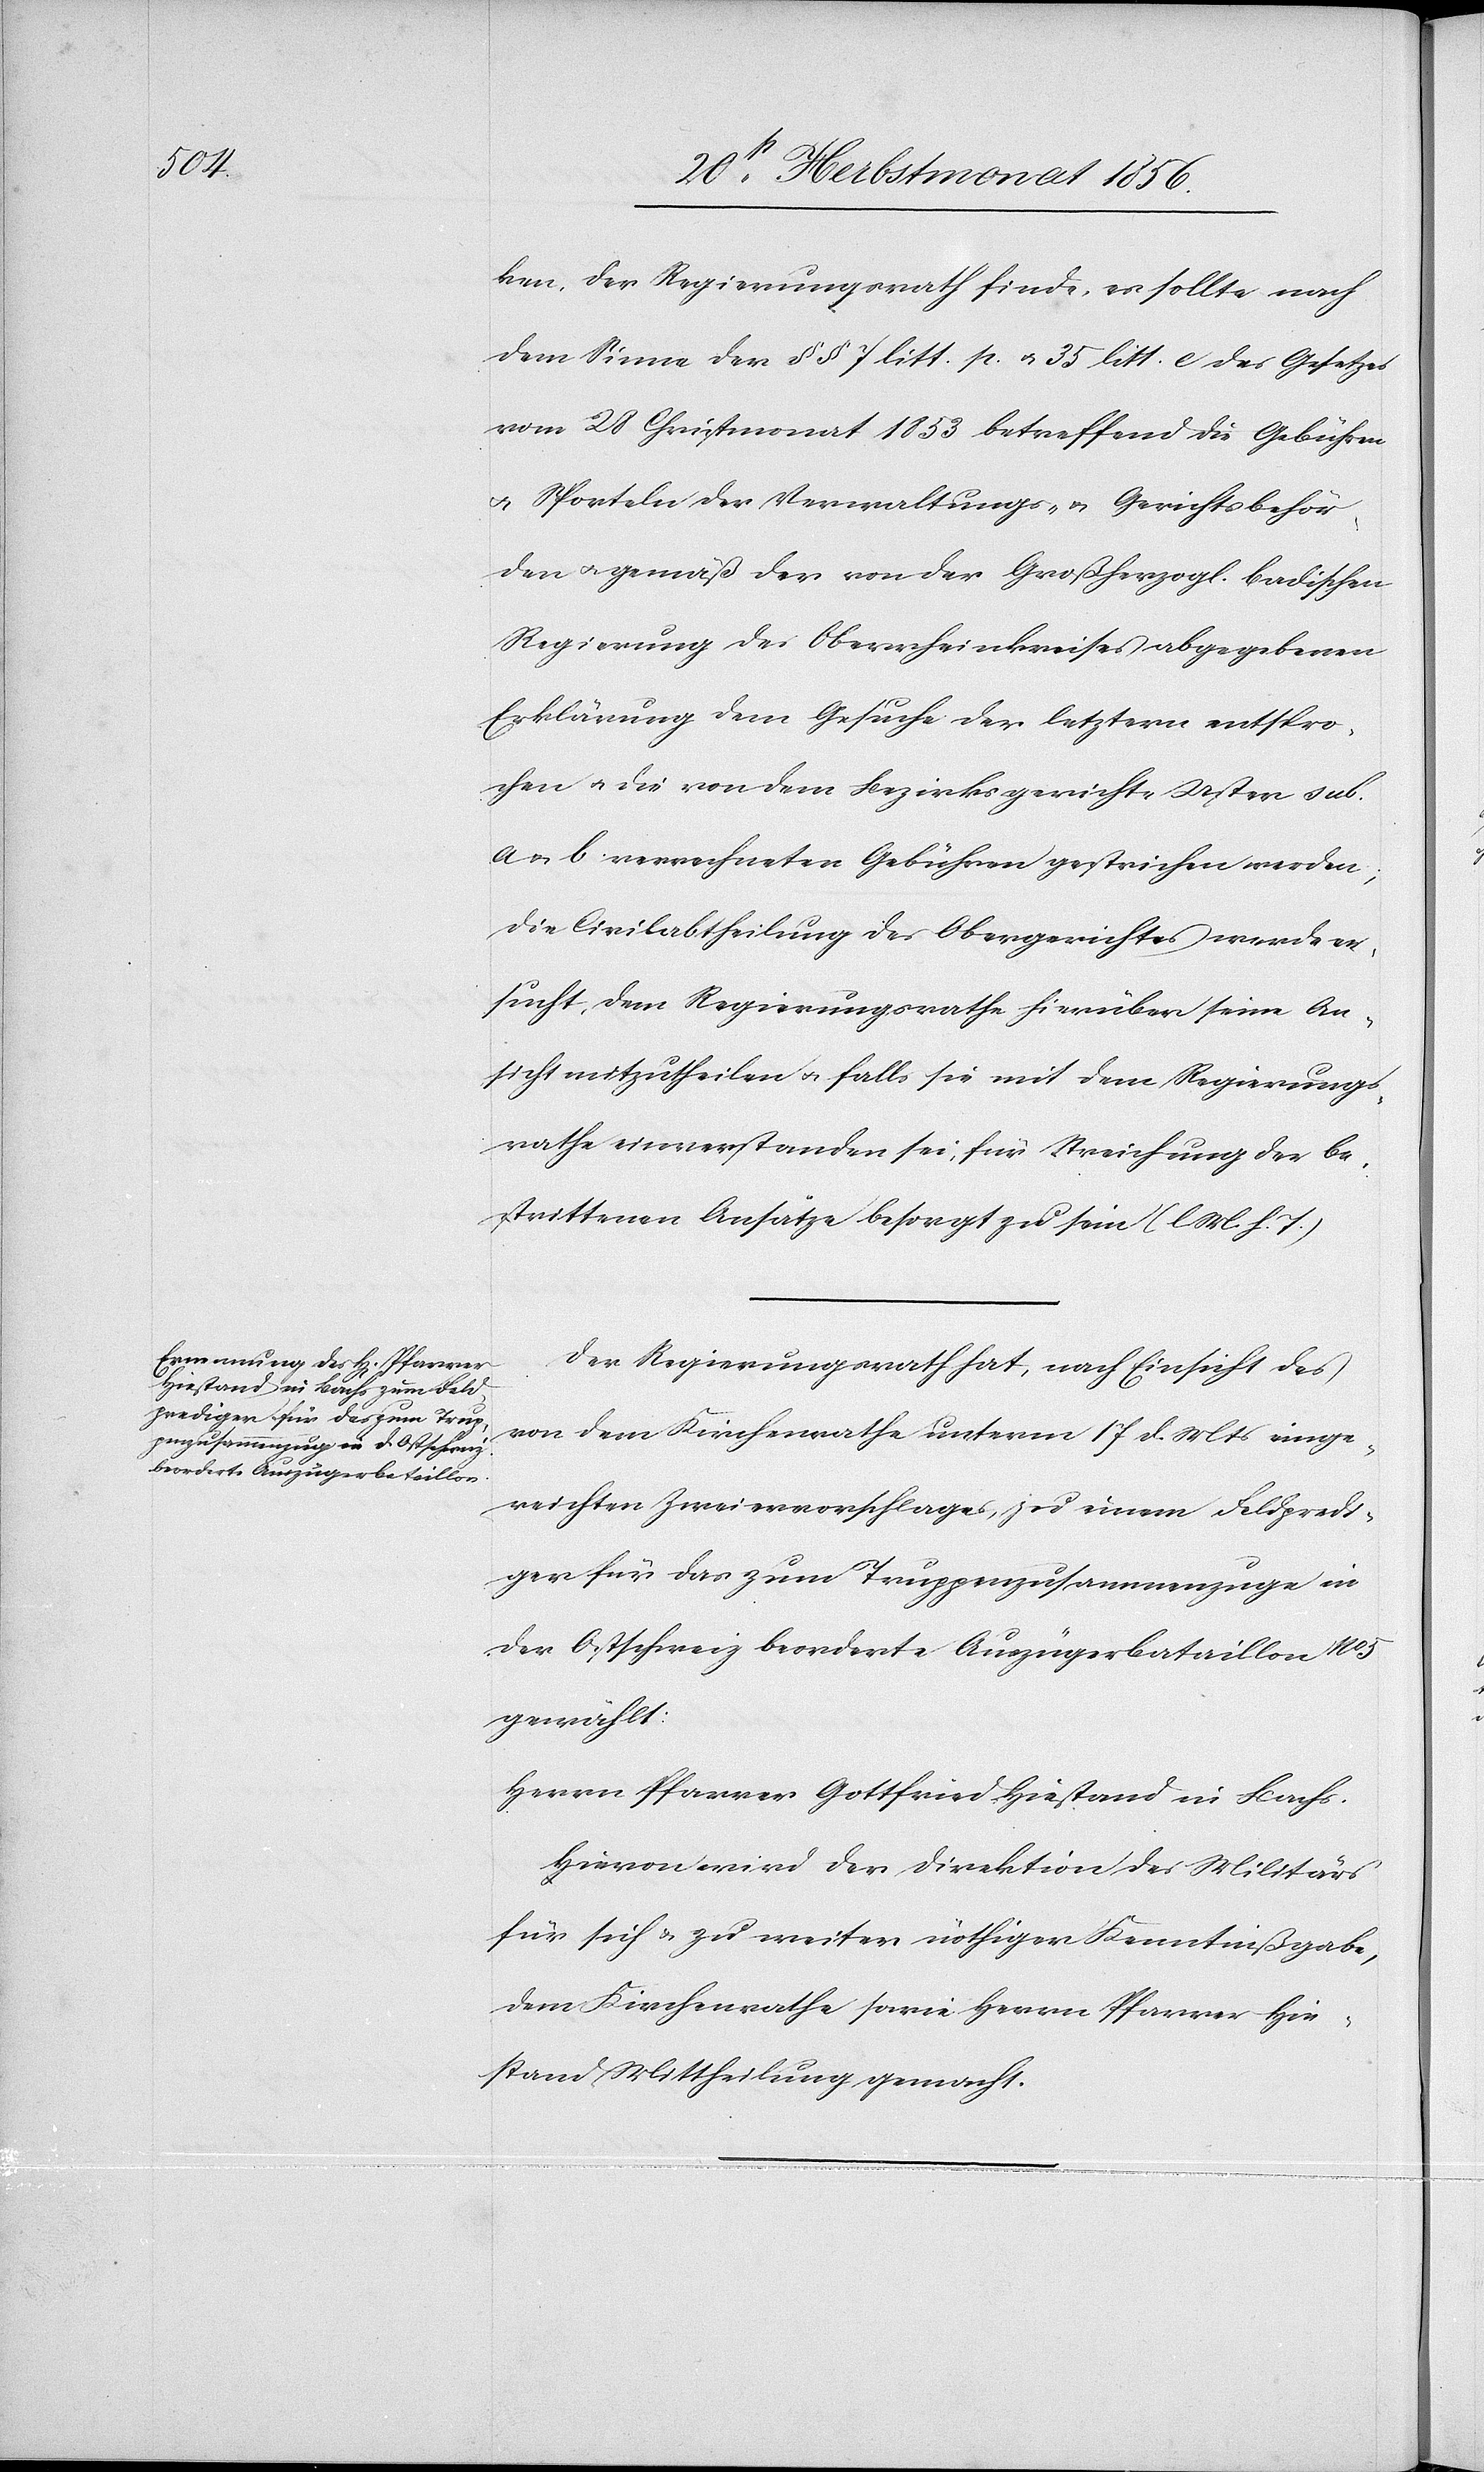
ken, der Regierungsrath finde, es sollte nach
dem Sinne der §§ 7 litt. p. u. 35 litt. e des Gesetzes
vom 28 Christmonat 1853 betreffend die Gebühren
u. Sporteln der Verwaltungs- u. Gerichtsbehör¬
den u. gemäß der von der Großherzogl. badischen
Regierung des Oberrheinkreises abgegebenen
Erklärung dem Gesuche der letztern entspro¬
chen u. die von dem Bezirksgerichte Uster sub.
a u. b verrechneten Gebühren gestrichen werden;
die Civilabtheilung des Obergerichtes werde er¬
sucht, dem Regierungsrathe hierüber seine An¬
sicht mitzutheilen u. falls sie mit dem Regierungs¬
rathe einverstanden sei, für Streichung der be¬
strittenen Ansätze besorgt zu sein. (l M. h. T.)
Der Regierungsrath hat, nach Einsicht des
von dem Kirchenrathe unterm 17 d. Mts einge¬
reichten Zweiervorschlages, zu einem Feldpredi¬
ger für das zum Truppenzusammenzuge in
der Ostschweiz beorderte Auszügerbataillon No 5
gewählt:
Herrn Pfarrer Gottfried Hiestand in Bachs.
Hievon wird der Direktion des Militärs
für sich & zu weiter nöthiger Kenntnißgabe,
dem Kirchenrathe sowie Herrn Pfarrer Hie¬
stand Mittheilung gemacht.